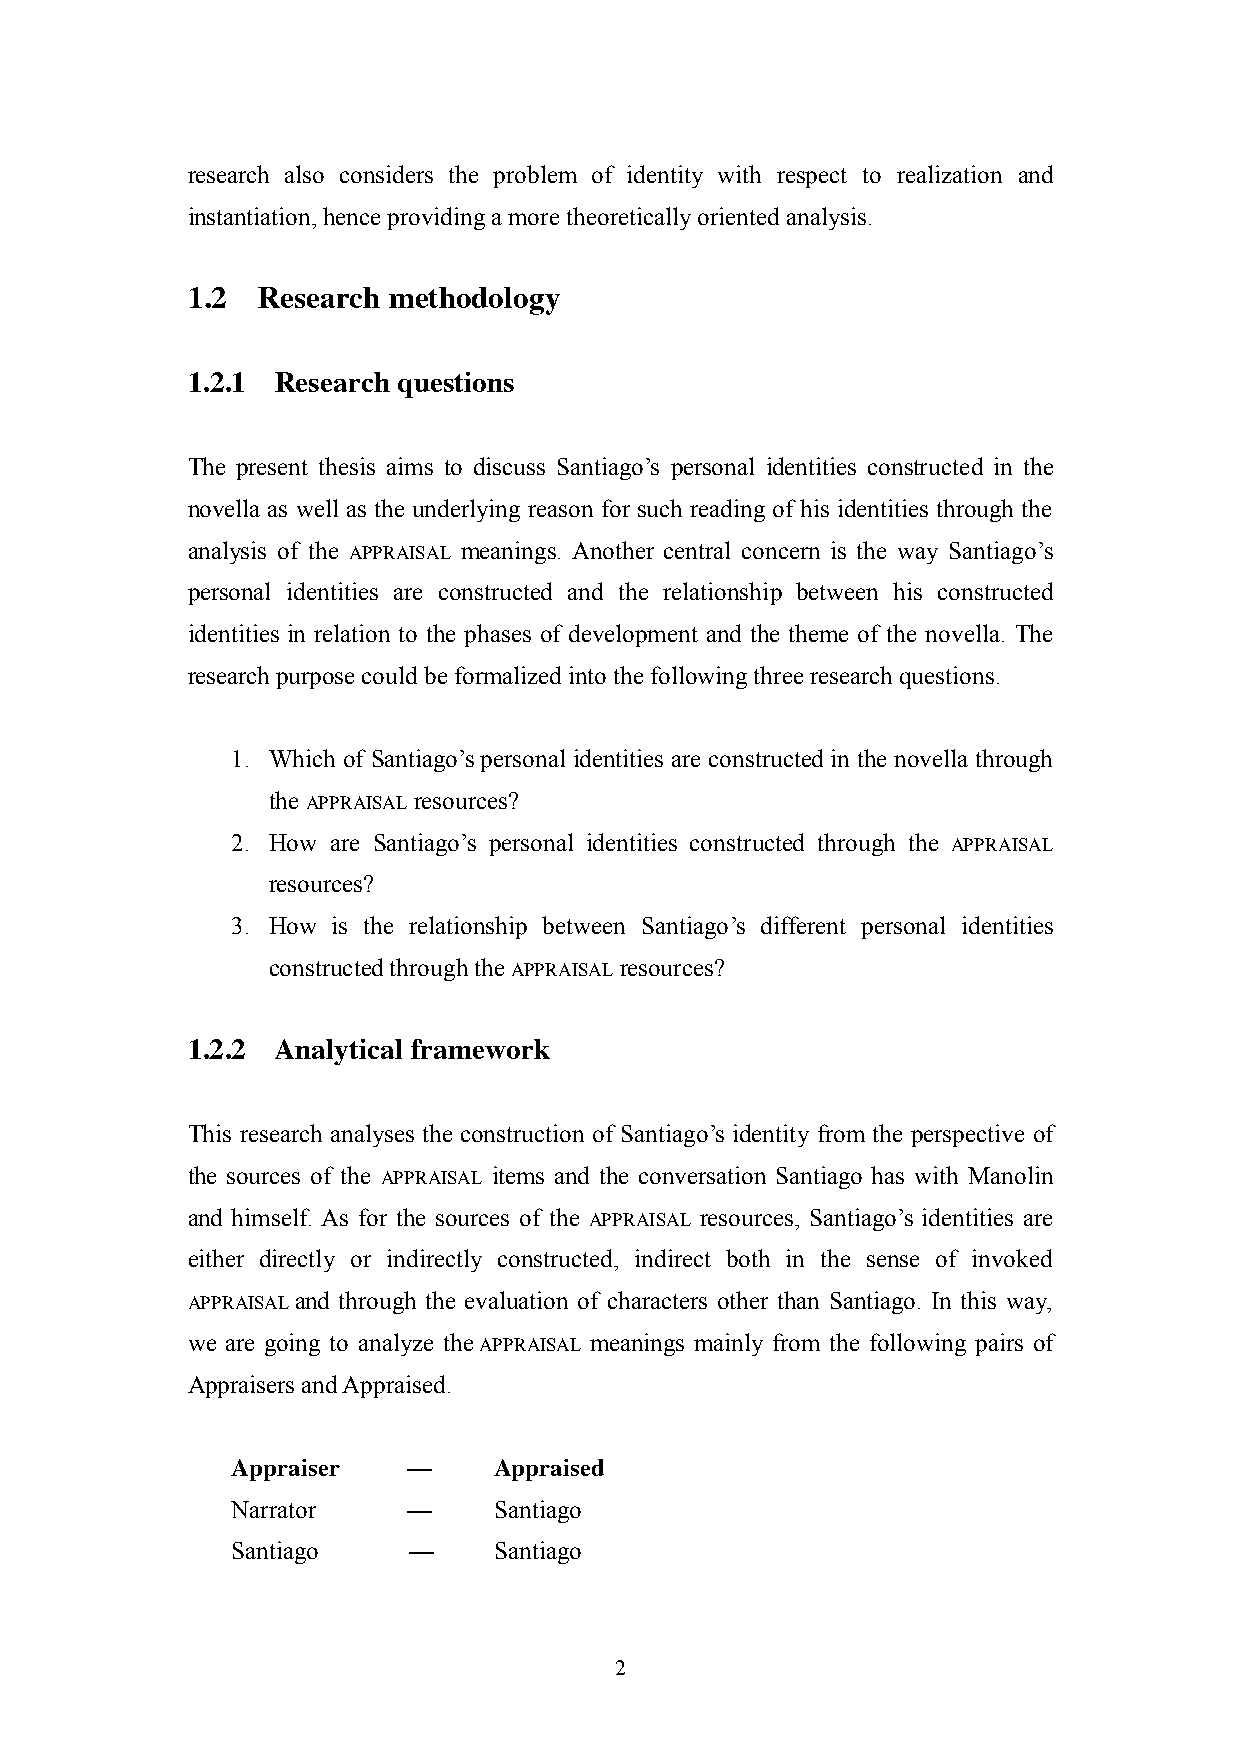
research also considers the problem of identity with respect to realization and
 instantiation, hence providing a more theoretically oriented analysis.
 1.2  Research methodology
 1.2.1 Research questions
 The present thesis aims to discuss Santiago‘s personal identities constructed in the
 novella as well as the underlying reason for such reading of his identities through the
 analysis of the APPRAISAL meanings. Another central concern is the way Santiago‘s
 personal identities are constructed and the relationship between his constructed
 identities in relation to the phases of development and the theme of the novella. The
 research purpose could be formalized into the following three research questions.
 1. Which of Santiago‘s personal identities are constructed in the novella through
 the APPRAISAL resources?
 2. How are Santiago‘s personal identities constructed through the APPRAISAL
 resources?
 3. How is the relationship between Santiago‘s different personal identities
 constructed through the APPRAISAL resources?
 1.2.2 Analytical framework
 This research analyses the construction of Santiago‘s identity from the perspective of
 the sources of the APPRAISAL items and the conversation Santiago has with Manolin
 and himself. As for the sources of the APPRAISAL resources, Santiago‘s identities are
 either directly or indirectly constructed, indirect both in the sense of invoked
 APPRAISAL and through the evaluation of characters other than Santiago. In this way,
 we are going to analyze the APPRAISAL meanings mainly from the following pairs of
 Appraisers and Appraised.
 Appraiser   —     Appraised
 Narrator    —     Santiago
 Santiago    —     Santiago
 2